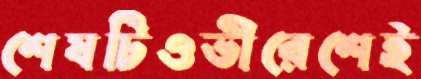
শেষটিওভীরেশেই